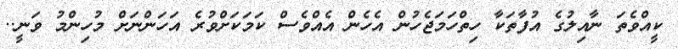
ކީއްވެތަ ނާއިލުގެ އުފާތަކާ ހިތްހަމަޖެހުން އެހެން އެއްވެސް ކަމަކަށްވުރެ އަހަންނަށް މުހިންމު ވަނީ..